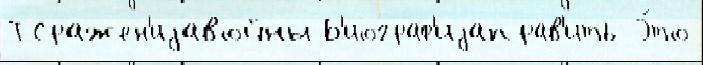
Т Сражен'иjавойны Б'иограф'иjаправ'ить Э́то